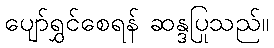
ပျော်ရွှင်စေရန် ဆန္ဒပြုသည်။